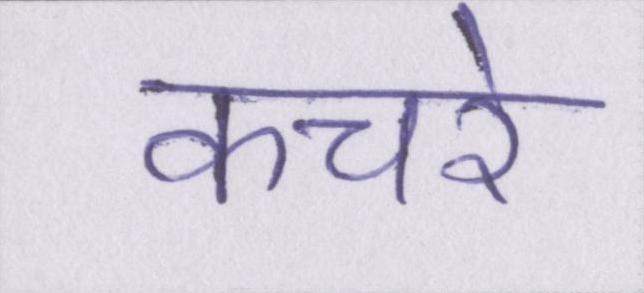
कचरे